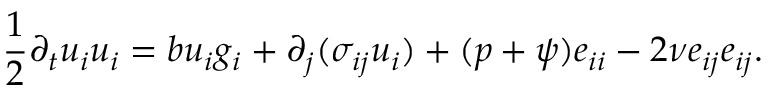
\frac { 1 } { 2 } \partial _ { t } u _ { i } u _ { i } = b u _ { i } g _ { i } + \partial _ { j } ( \sigma _ { i j } u _ { i } ) + ( p + \psi ) e _ { i i } - 2 \nu e _ { i j } e _ { i j } .